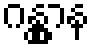
ဂန္တွာန